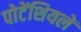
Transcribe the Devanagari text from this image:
पोटेंशियलें